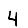
Digit: 4